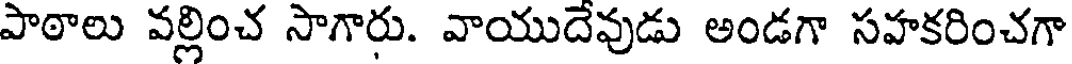
పాఠాలు వల్లించ సాగారు. వాయుదేవుడు అండగా సహకరించగా